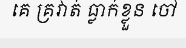
គេ គ្រវាត់ ធ្លាក់ខ្លួន ចៅ